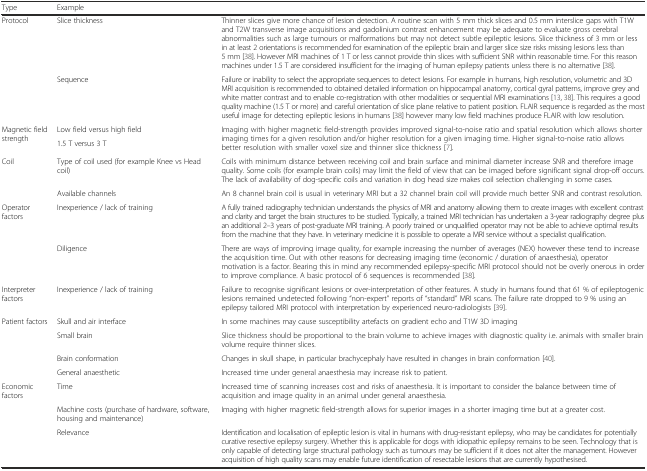
<table><thead><tr><td><b>Type</b></td><td><b>Example</b></td><td>[EMPTY_CELL]</td></tr></thead><tbody><tr><td rowspan="2">Protocol</td><td>Slice thickness</td><td>Thinner slices give more chance of lesion detection. A routine scan with 5 mm thick slices and 0.5 mm interslice gaps with T1W and T2W transverse image acquisitions and gadolinium contrast enhancement may be adequate to evaluate gross cerebral abnormalities such as large tumours or malformations but may not detect subtle epileptic lesions. Slice thickness of 3 mm or less in at least 2 orientations is recommended for examination of the epileptic brain and larger slice size risks missing lesions less than 5 mm [38]. However MRI machines of 1 T or less cannot provide thin slices with sufficient SNR within reasonable time. For this reason machines under 1.5 T are considered insufficient for the imaging of human epilepsy patients unless there is no alternative [38].</td></tr><tr><td>Sequence</td><td>Failure or inability to select the appropriate sequences to detect lesions. For example in humans, high resolution, volumetric and 3D MRI acquisition is recommended to obtained detailed information on hippocampal anatomy, cortical gyral patterns, improve grey and white matter contrast and to enable co-registration with other modalities or sequential MRI examinations [13, 38]. This requires a good quality machine (1.5 T or more) and careful orientation of slice plane relative to patient position. FLAIR sequence is regarded as the most useful image for detecting epileptic lesions in humans [38] however many low field machines produce FLAIR with low resolution.</td></tr><tr><td rowspan="2">Magnetic field strength</td><td>Low field versus high field</td><td rowspan="2">Imaging with higher magnetic field-strength provides improved signal-to-noise ratio and spatial resolution which allows shorter imaging times for a given resolution and/or higher resolution for a given imaging time. Higher signal-to-noise ratio allows better resolution with smaller voxel size and thinner slice thickness [7].</td></tr><tr><td>1.5 T versus 3 T</td></tr><tr><td rowspan="2">Coil</td><td>Type of coil used (for example Knee vs Head coil)</td><td>Coils with minimum distance between receiving coil and brain surface and minimal diameter increase SNR and therefore image quality. Some coils (for example brain coils) may limit the field of view that can be imaged before significant signal drop-off occurs. The lack of availability of dog-specific coils and variation in dog head size makes coil selection challenging in some cases.</td></tr><tr><td>Available channels</td><td>An 8 channel brain coil is usual in veterinary MRI but a 32 channel brain coil will provide much better SNR and contrast resolution.</td></tr><tr><td rowspan="2">Operator factors</td><td>Inexperience / lack of training</td><td>A fully trained radiography technician understands the physics of MRI and anatomy allowing them to create images with excellent contrast and clarity and target the brain structures to be studied. Typically, a trained MRI technician has undertaken a 3-year radiography degree plus an additional 2–3 years of post-graduate MRI training. A poorly trained or unqualified operator may not be able to achieve optimal results from the machine that they have. In veterinary medicine it is possible to operate a MRI service without a specialist qualification.</td></tr><tr><td>Diligence</td><td>There are ways of improving image quality, for example increasing the number of averages (NEX) however these tend to increase the acquisition time. Out with other reasons for decreasing imaging time (economic / duration of anaesthesia), operator motivation is a factor. Bearing this in mind any recommended epilepsy-specific MRI protocol should not be overly onerous in order to improve compliance. A basic protocol of 6 sequences is recommended [38].</td></tr><tr><td>Interpreter factors</td><td>Inexperience / lack of training</td><td>Failure to recognise significant lesions or over-interpretation of other features. A study in humans found that 61 % of epileptogenic lesions remained undetected following “non-expert” reports of “standard” MRI scans. The failure rate dropped to 9 % using an epilepsy tailored MRI protocol with interpretation by experienced neuro-radiologists [39].</td></tr><tr><td rowspan="4">Patient factors</td><td>Skull and air interface</td><td>In some machines may cause susceptibility artefacts on gradient echo and T1W 3D imaging</td></tr><tr><td>Small brain</td><td>Slice thickness should be proportional to the brain volume to achieve images with diagnostic quality i.e. animals with smaller brain volume require thinner slices.</td></tr><tr><td>Brain conformation</td><td>Changes in skull shape, in particular brachycephaly have resulted in changes in brain conformation [40].</td></tr><tr><td>General anaesthetic</td><td>Increased time under general anaesthesia may increase risk to patient.</td></tr><tr><td rowspan="3">Economic factors</td><td>Time</td><td>Increased time of scanning increases cost and risks of anaesthesia. It is important to consider the balance between time of acquisition and image quality in an animal under general anaesthesia.</td></tr><tr><td>Machine costs (purchase of hardware, software, housing and maintenance)</td><td>Imaging with higher magnetic field-strength allows for superior images in a shorter imaging time but at a greater cost.</td></tr><tr><td>Relevance</td><td>Identification and localisation of epileptic lesion is vital in humans with drug-resistant epilepsy, who may be candidates for potentially curative resective epilepsy surgery. Whether this is applicable for dogs with idiopathic epilepsy remains to be seen. Technology that is only capable of detecting large structural pathology such as tumours may be sufficient if it does not alter the management. However acquisition of high quality scans may enable future identification of resectable lesions that are currently hypothesised.</td></tr></tbody></table>